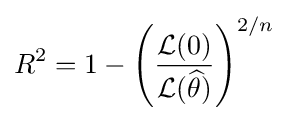
R^{2}=1-\left({{\mathcal {L}}(0) \over {\mathcal {L}}({\widehat {\theta }})}\right)^{2/n}